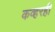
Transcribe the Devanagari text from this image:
कव्हरही